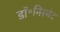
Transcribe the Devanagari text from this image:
डॉ॰निस्बेट